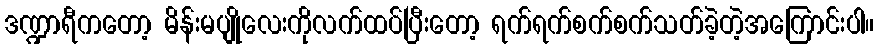
ဒဏ္ဍာရီကတော့ မိန်းမပျိုလေးကိုလက်ထပ်ပြီးတော့ ရက်ရက်စက်စက်သတ်ခဲ့တဲ့အကြောင်းပါ။